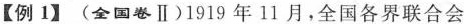
【例1】(全国卷Ⅱ)1919年11月，全国各界联合会